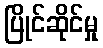
ပြိုင်ဆိုင်မှု